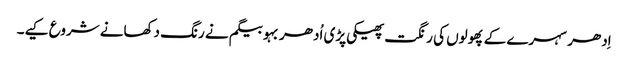
اِدھر سہرے کے پھولوں کی رنگت پھیکی پڑی اُدھر بہو بیگم نے رنگ دکھانے شروع کیے۔